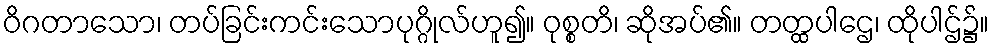
ဝိဂတာသော၊ တပ်ခြင်းကင်းသောပုဂ္ဂိုလ်ဟူ၍။ ဝုစ္စတိ၊ ဆိုအပ်၏။ တတ္ထပါဌေ၊ ထိုပါဌ်၌။